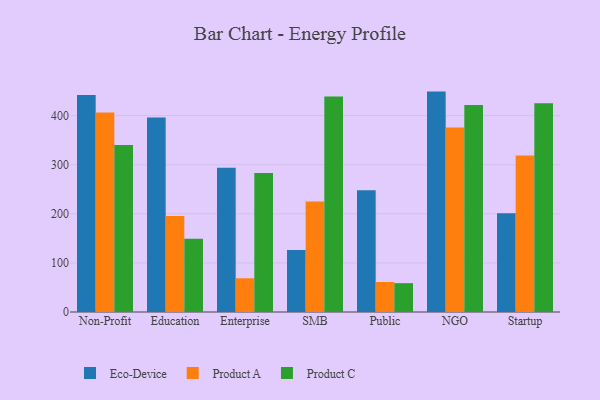
{"axis": {"x": "Segment", "y": "Waste Production (Tons)"}, "legend": ["Eco-Device", "Product A", "Product C"], "data": [{"x": "Non-Profit", "y": 442.0, "type": "Eco-Device"}, {"x": "Non-Profit", "y": 406.1, "type": "Product A"}, {"x": "Non-Profit", "y": 340.2, "type": "Product C"}, {"x": "Education", "y": 396.2, "type": "Eco-Device"}, {"x": "Education", "y": 195.3, "type": "Product A"}, {"x": "Education", "y": 149.1, "type": "Product C"}, {"x": "Enterprise", "y": 293.6, "type": "Eco-Device"}, {"x": "Enterprise", "y": 68.7, "type": "Product A"}, {"x": "Enterprise", "y": 283.0, "type": "Product C"}, {"x": "SMB", "y": 126.2, "type": "Eco-Device"}, {"x": "SMB", "y": 224.8, "type": "Product A"}, {"x": "SMB", "y": 438.8, "type": "Product C"}, {"x": "Public", "y": 248.0, "type": "Eco-Device"}, {"x": "Public", "y": 61.1, "type": "Product A"}, {"x": "Public", "y": 58.7, "type": "Product C"}, {"x": "NGO", "y": 448.8, "type": "Eco-Device"}, {"x": "NGO", "y": 375.5, "type": "Product A"}, {"x": "NGO", "y": 421.7, "type": "Product C"}, {"x": "Startup", "y": 201.1, "type": "Eco-Device"}, {"x": "Startup", "y": 318.7, "type": "Product A"}, {"x": "Startup", "y": 424.9, "type": "Product C"}]}